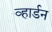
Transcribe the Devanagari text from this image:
व्हार्डन